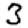
Digit: 3